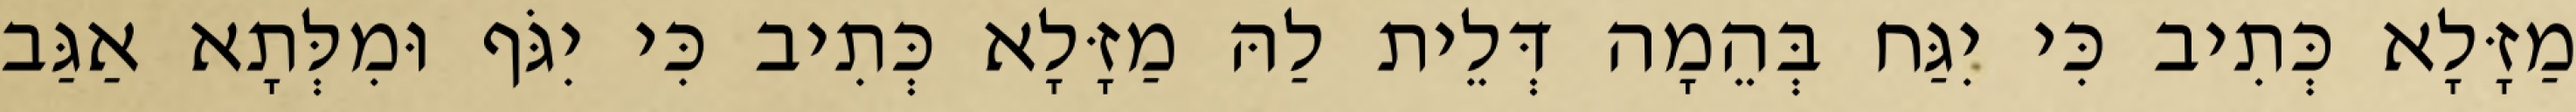
מַזָּלָא כְּתִיב כִּי יִגַּח בְּהֵמָה דְּלֵית לַהּ מַזָּלָא כְּתִיב כִּי יִגֹּף וּמִלְּתָא אַגַּב